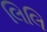
લિલિ